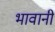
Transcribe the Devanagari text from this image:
भावानी